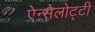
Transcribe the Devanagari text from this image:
ऐन्सेलोट्टी